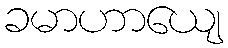
ခမာဟာယျေ